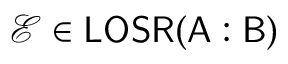
\mathcal { E } \in \mathsf { L O S R } ( \mathsf { A } : \mathsf { B } )